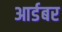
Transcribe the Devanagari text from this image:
आर्डबर